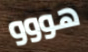
هووو